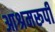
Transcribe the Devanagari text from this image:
आश्रमरूपी